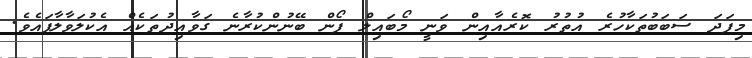
މިފަދަ ސަބަބުތަކާހުރެ އުތުރު ކޮރެއާއިން ވަނީ މޯބައިލް ފޯން ބޭނުންކުރާނެ ގަވާއިދުތަކެއް އެކުލަވާލާފައެވެ.